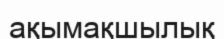
ақымақшылық